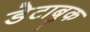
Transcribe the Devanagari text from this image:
डेटाबुक